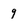
Character: 9